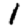
Digit: 1